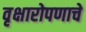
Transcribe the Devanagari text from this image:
वृक्षारोपणाचे